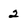
Character: 2